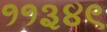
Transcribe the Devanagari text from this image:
११३४९